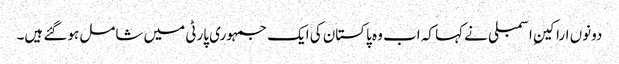
دونوں اراکینِ اسمبلی نے کہا کہ اب وہ پاکستان کی ایک جمہوری پارٹی میں شامل ہوگئے ہیں۔